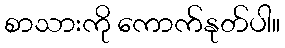
စာသားကို ကောက်နုတ်ပါ။